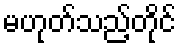
မဟုတ်သည့်တိုင်